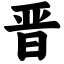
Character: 晋